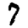
Digit: 7